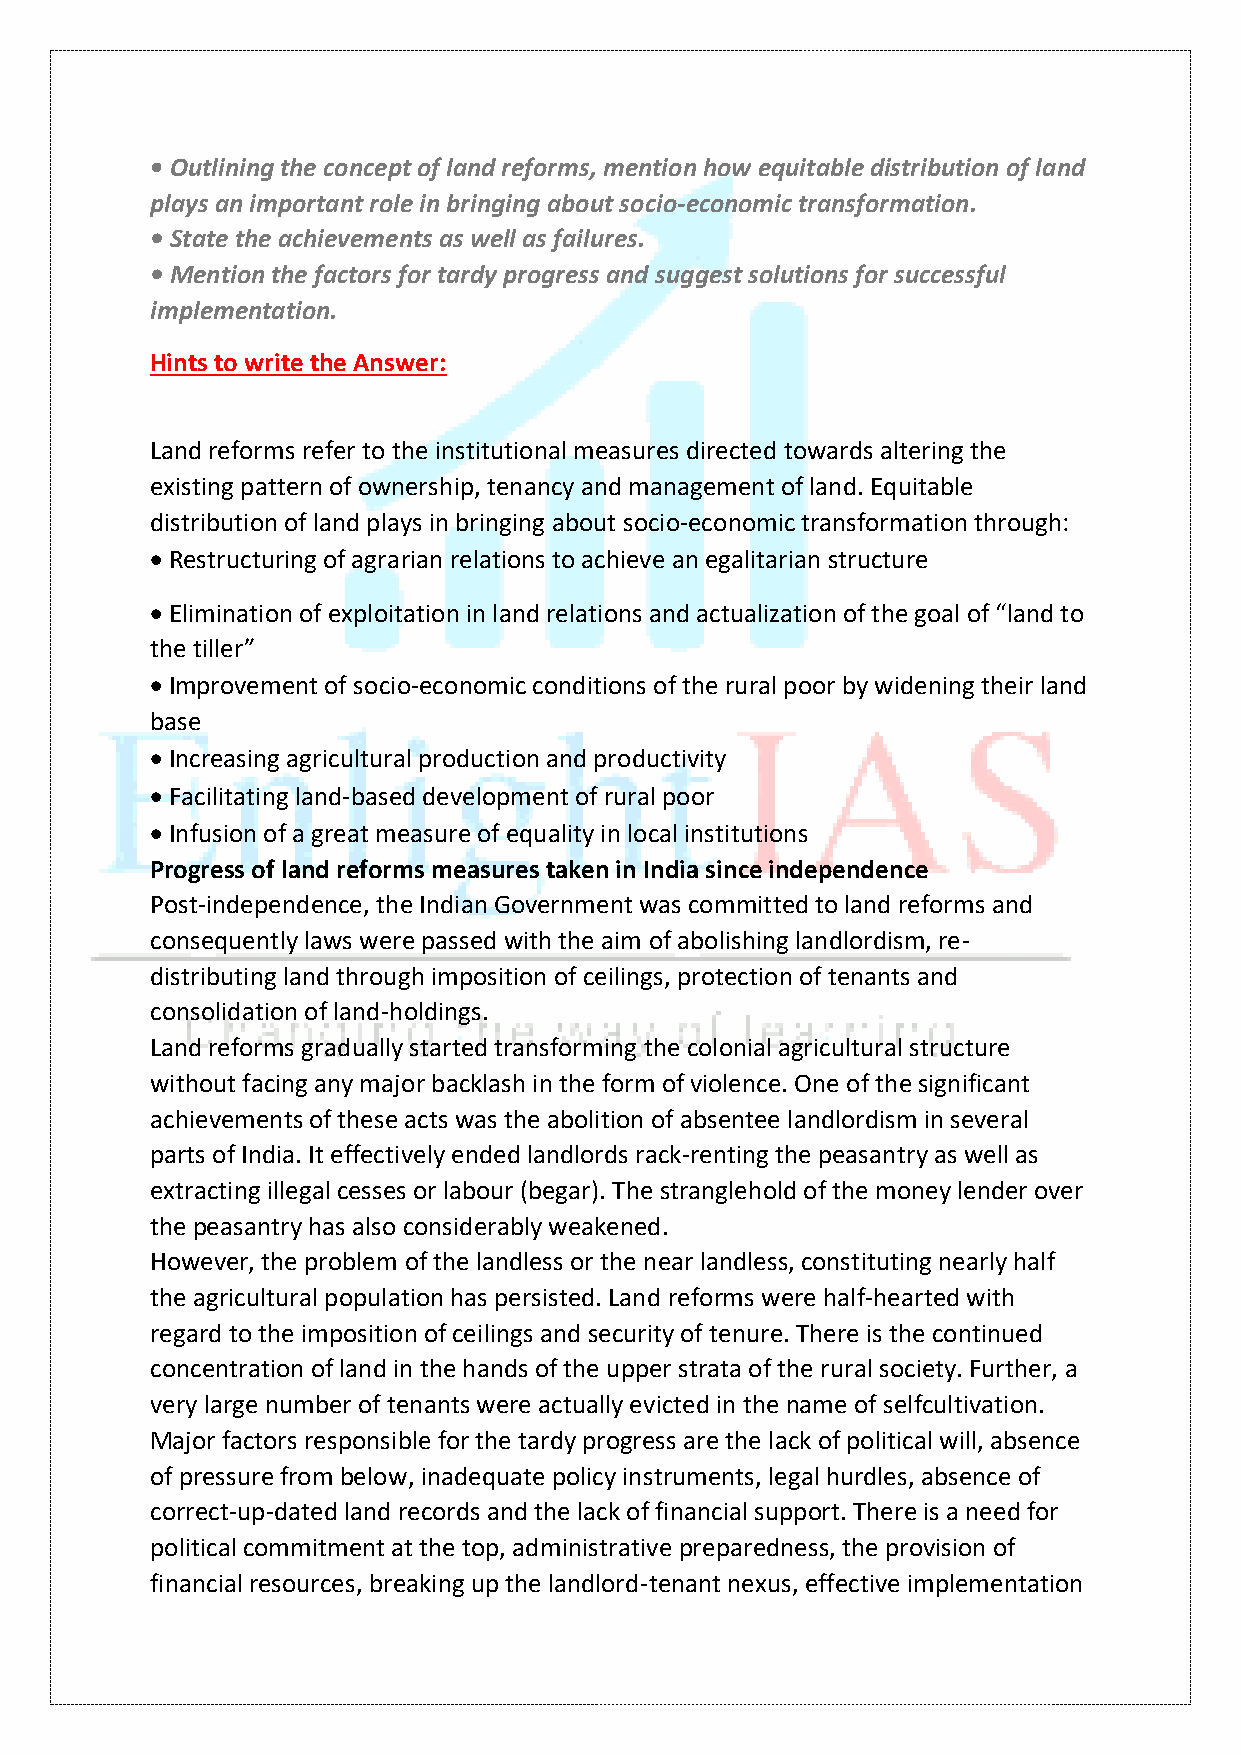
• Outlining the concept of land reforms, mention how equitable distribution of land
 plays an important role in bringing about socio-economic transformation.
 • State the achievements as well as failures.
 • Mention the factors for tardy progress and suggest solutions for successful
 implementation.
 Hints to write the Answer:
 Land reforms refer to the institutional measures directed towards altering the
 existing pattern of ownership, tenancy and management of land. Equitable
 distribution of land plays in bringing about socio-economic transformation through:
 • Restructuring of agrarian relations to achieve an egalitarian structure
 • Elimination of exploitation in land relations and actualization of the goal of “land to
 the tiller”
 • Improvement of socio-economic conditions of the rural poor by widening their land
 base
 • Increasing agricultural production and productivity
 • Facilitating land-based development of rural poor
 • Infusion of a great measure of equality in local institutions
 Progress of land reforms measures taken in India since independence
 Post-independence, the Indian Government was committed to land reforms and
 consequently laws were passed with the aim of abolishing landlordism, re-
 distributing land through imposition of ceilings, protection of tenants and
 consolidation of land-holdings.
 Land reforms gradually started transforming the colonial agricultural structure
 without facing any major backlash in the form of violence. One of the significant
 achievements of these acts was the abolition of absentee landlordism in several
 parts of India. It effectively ended landlords rack-renting the peasantry as well as
 extracting illegal cesses or labour (begar). The stranglehold of the money lender over
 the peasantry has also considerably weakened.
 However, the problem of the landless or the near landless, constituting nearly half
 the agricultural population has persisted. Land reforms were half-hearted with
 regard to the imposition of ceilings and security of tenure. There is the continued
 concentration of land in the hands of the upper strata of the rural society. Further, a
 very large number of tenants were actually evicted in the name of selfcultivation.
 Major factors responsible for the tardy progress are the lack of political will, absence
 of pressure from below, inadequate policy instruments, legal hurdles, absence of
 correct-up-dated land records and the lack of financial support. There is a need for
 political commitment at the top, administrative preparedness, the provision of
 financial resources, breaking up the landlord-tenant nexus, effective implementation